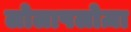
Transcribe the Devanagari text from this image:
लोलापलोज़ा